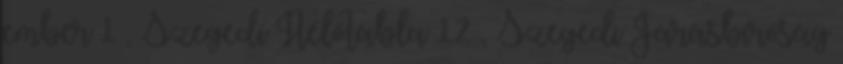
ember 1 , Szegedi Ítélőtábla 12 , Szegedi Járásbíróság